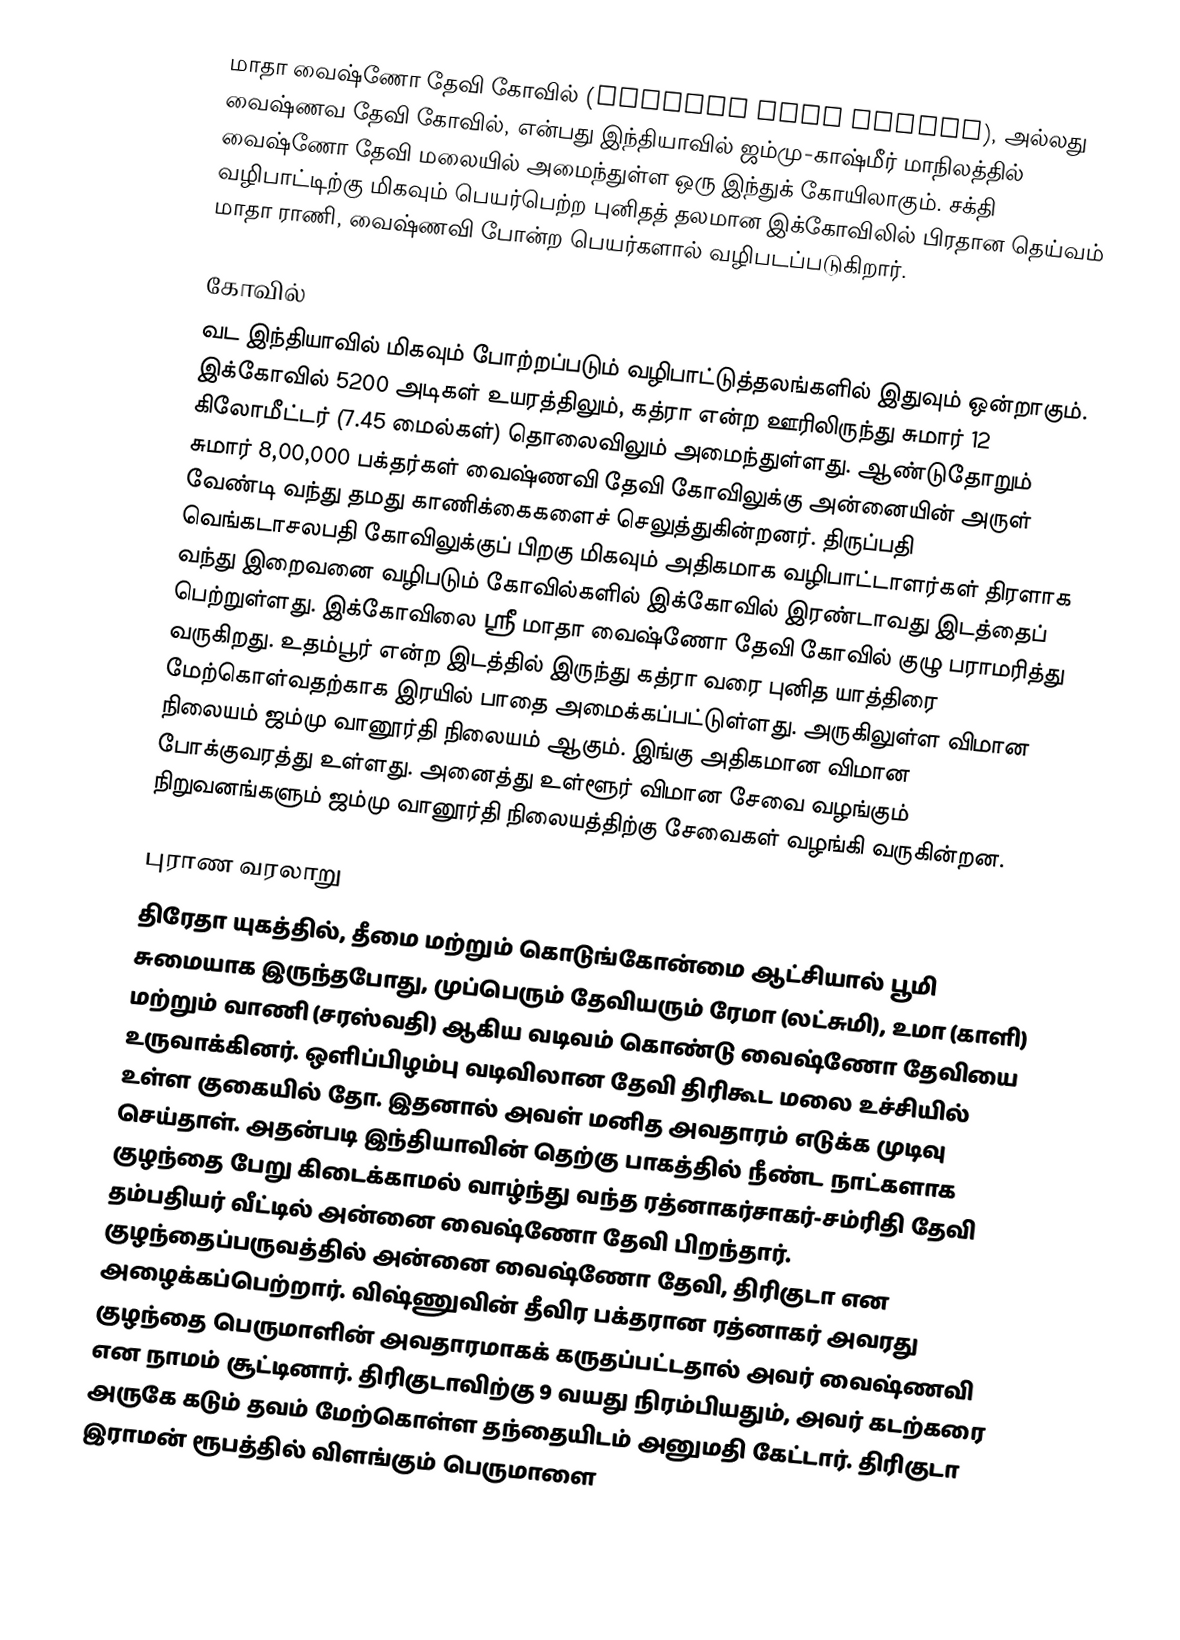
மாதா வைஷ்ணோ தேவி கோவில் (Vaishno Devi Temple), அல்லது வைஷ்ணவ தேவி கோவில், என்பது இந்தியாவில் ஜம்மு-காஷ்மீர் மாநிலத்தில் வைஷ்ணோ தேவி மலையில் அமைந்துள்ள ஒரு இந்துக் கோயிலாகும். சக்தி வழிபாட்டிற்கு மிகவும் பெயர்பெற்ற புனிதத் தலமான இக்கோவிலில் பிரதான தெய்வம் மாதா ராணி, வைஷ்ணவி போன்ற பெயர்களால் வழிபடப்படுகிறார்.

கோவில்
வட இந்தியாவில் மிகவும் போற்றப்படும் வழிபாட்டுத்தலங்களில் இதுவும் ஒன்றாகும். இக்கோவில் 5200 அடிகள் உயரத்திலும், கத்ரா என்ற ஊரிலிருந்து சுமார் 12 கிலோமீட்டர் (7.45 மைல்கள்) தொலைவிலும் அமைந்துள்ளது. ஆண்டுதோறும் சுமார் 8,00,000 பக்தர்கள் வைஷ்ணவி தேவி கோவிலுக்கு அன்னையின் அருள் வேண்டி வந்து தமது காணிக்கைகளைச் செலுத்துகின்றனர். திருப்பதி வெங்கடாசலபதி கோவிலுக்குப் பிறகு மிகவும் அதிகமாக வழிபாட்டாளர்கள் திரளாக வந்து இறைவனை வழிபடும் கோவில்களில் இக்கோவில் இரண்டாவது இடத்தைப் பெற்றுள்ளது. இக்கோவிலை ஸ்ரீ மாதா வைஷ்ணோ தேவி கோவில் குழு பராமரித்து வருகிறது. உதம்பூர் என்ற இடத்தில் இருந்து கத்ரா வரை புனித யாத்திரை மேற்கொள்வதற்காக இரயில் பாதை அமைக்கப்பட்டுள்ளது. அருகிலுள்ள விமான நிலையம் ஜம்மு வானூர்தி நிலையம் ஆகும். இங்கு அதிகமான விமான போக்குவரத்து உள்ளது. அனைத்து உள்ளூர் விமான சேவை வழங்கும் நிறுவனங்களும் ஜம்மு வானூர்தி நிலையத்திற்கு சேவைகள் வழங்கி வருகின்றன.

புராண வரலாறு
திரேதா யுகத்தில், தீமை மற்றும் கொடுங்கோன்மை ஆட்சியால் பூமி சுமையாக இருந்தபோது, முப்பெரும் தேவியரும் ரேமா (லட்சுமி), உமா (காளி) மற்றும் வாணி (சரஸ்வதி) ஆகிய வடிவம் கொண்டு வைஷ்ணோ தேவியை உருவாக்கினர். ஒளிப்பிழம்பு வடிவிலான தேவி திரிகூட மலை உச்சியில் உள்ள குகையில் தோ. இதனால் அவள் மனித அவதாரம் எடுக்க முடிவு செய்தாள். அதன்படி இந்தியாவின் தெற்கு பாகத்தில் நீண்ட நாட்களாக குழந்தை பேறு கிடைக்காமல் வாழ்ந்து வந்த ரத்னாகர்சாகர்-சம்ரிதி தேவி  தம்பதியர் வீட்டில் அன்னை வைஷ்ணோ தேவி பிறந்தார். குழந்தைப்பருவத்தில் அன்னை வைஷ்ணோ தேவி, திரிகுடா என அழைக்கப்பெற்றார். விஷ்ணுவின் தீவிர பக்தரான ரத்னாகர் அவரது குழந்தை பெருமாளின் அவதாரமாகக் கருதப்பட்டதால் அவர் வைஷ்ணவி என நாமம் சூட்டினார். திரிகுடாவிற்கு 9 வயது நிரம்பியதும், அவர் கடற்கரை அருகே கடும் தவம் மேற்கொள்ள தந்தையிடம் அனுமதி கேட்டார். திரிகுடா இராமன் ரூபத்தில் விளங்கும் பெருமாளை